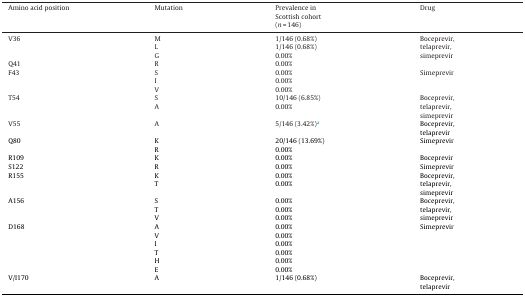
| Amino acid position | Mutation | Prevalence in Scottish cohort (n = 146) | Drug |
 | --- | --- | --- | --- |
 | V36 | MLG | 1/146 (0.68%)1/146 (0.68%)0.00% | Boceprevir,telaprevir,simeprevir |
 | Q41 | R | 0.00% |  |
 | F43 | SIV | 0.00%0.00%0.00% | Simeprevir |
 | T54 | SA | 10/146 (6.85%)0.00% | Boceprevir,telaprevir,simeprevir |
 | V55 | A | 5/146 (3.42%)a | Boceprevir,telaprevir |
 | Q80 | KR | 20/146 (13.69%)0.00% | Simeprevir |
 | R109 | K | 0.00% | Boceprevir |
 | S122 | R | 0.00% | Simeprevir |
 | R155 | KT | 0.00%0.00% | Boceprevir,telaprevir,simeprevir |
 | A156 | STV | 0.00%0.00%0.00% | Boceprevir,telaprevir,simeprevir |
 | D168 | AVITHE | 0.00%0.00%0.00%0.00%0.00%0.00% | Simeprevir |
 | V/I170 | A | 1/146 (0.68%) | Boceprevir,telaprevir |